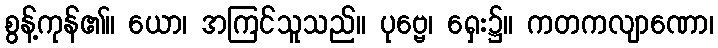
စွန့်ကုန်၏။ ယော၊ အကြင်သူသည်။ ပုဗ္ဗေ၊ ရှေး၌။ ကတကလျာဏော၊